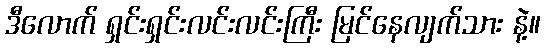
ဒီလောက် ရှင်းရှင်းလင်းလင်းကြီး မြင်နေလျက်သား နဲ့။